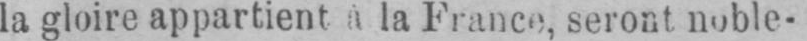
la gloire appartient a la France, seront noble-